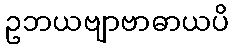
ဥဘယဗျာဗာဓာယပိ